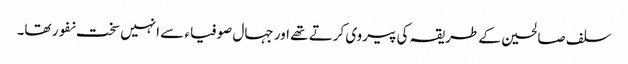
سلف صالحین کے طریقہ کی پیروی کرتے تھے اور جہال صوفیاء سے انہیں سخت نفور تھا۔